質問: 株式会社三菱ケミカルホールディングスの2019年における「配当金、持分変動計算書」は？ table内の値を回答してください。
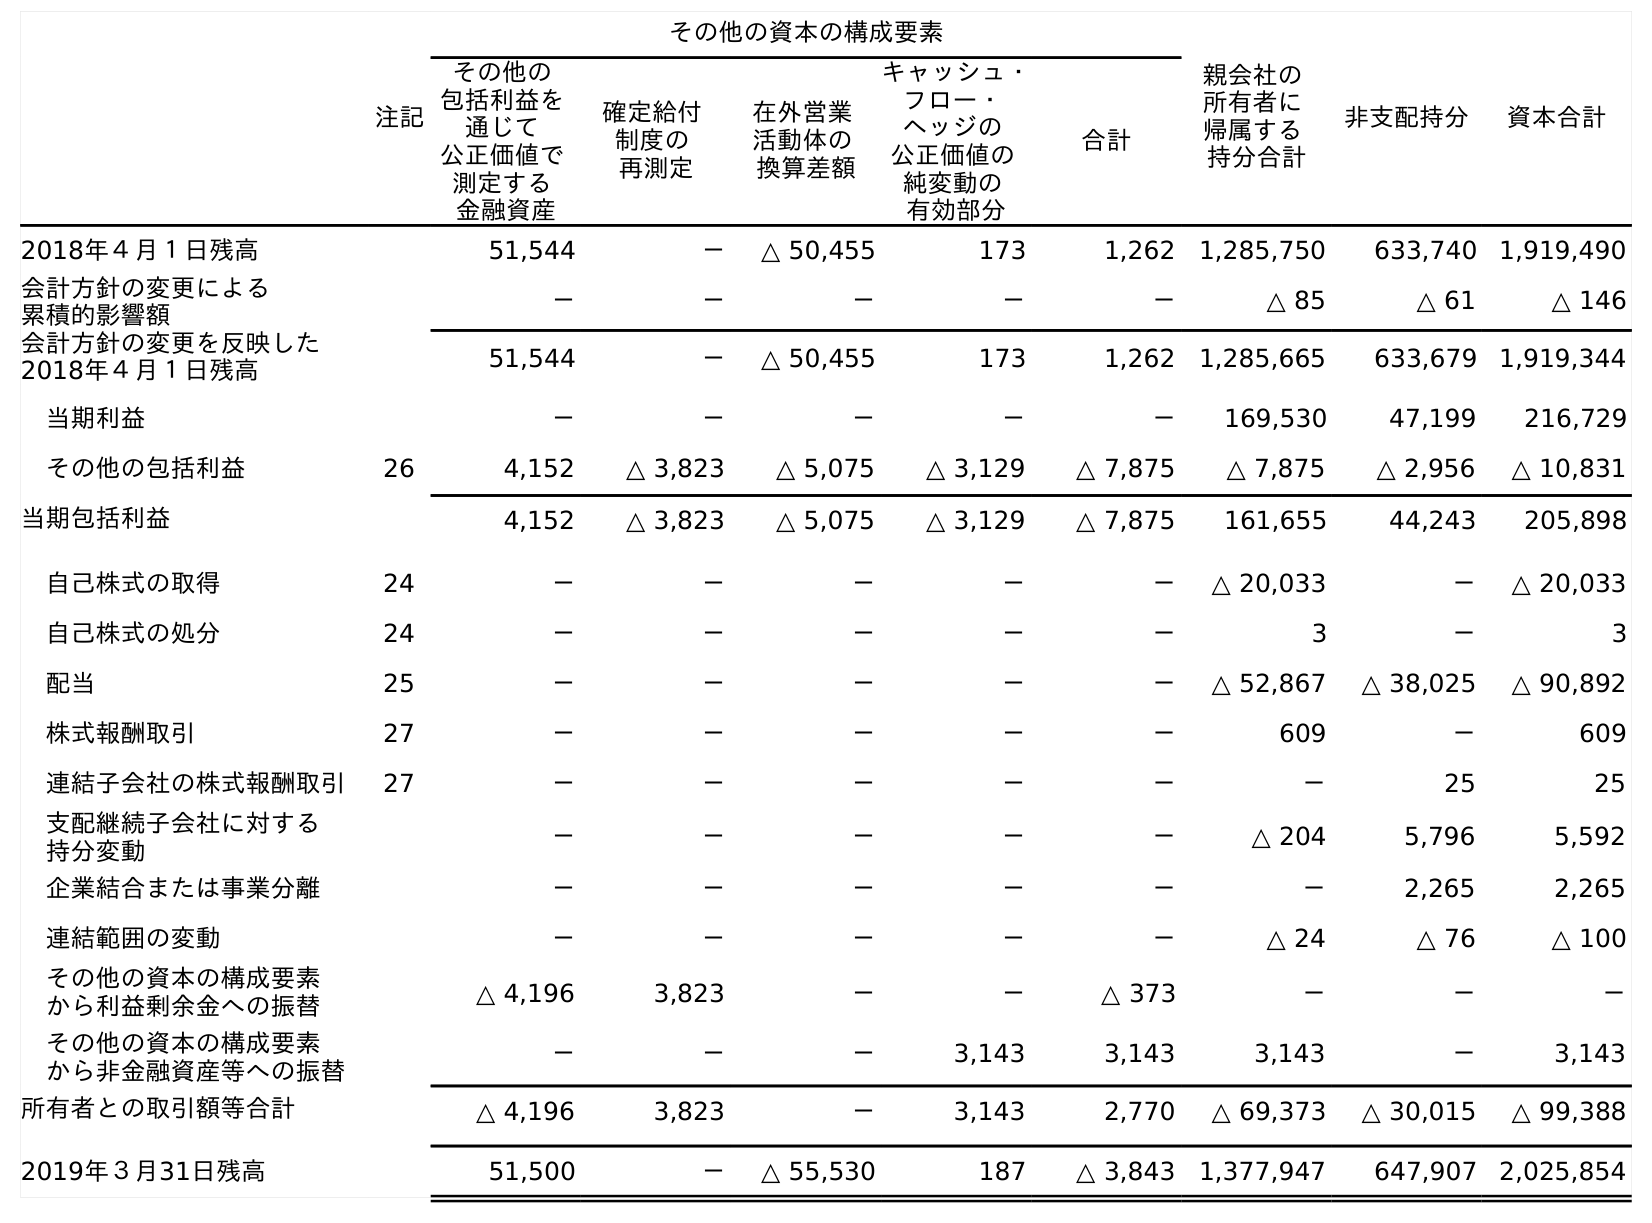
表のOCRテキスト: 注記 その他の資本の構成要素 親会社の 所有者に 帰属する 持分合計 非支配持分 資本合計 その他の 包括利益を 通じて 公正価値で 測定する 金融資産 確定給付 制度の 再測定 在外営業 活動体の 換算差額 キャッシュ・ フロー・ ヘッジの 公正価値の 純変動の 有効部分 合計 2018年４月１日残高 51,544 － △ 50,455 173 1,262 1,285,750 633,740 1,919,490 会計方針の変更による 累積的影響額 － － － － － △ 85 △ 61 △ 146 会計方針の変更を反映した 2018年４月１日残高 51,544 － △ 50,455 173 1,262 1,285,665 633,679 1,919,344 当期利益 － － － － － 169,530 47,199 216,729 その他の包括利益 26 4,152 △ 3,823 △ 5,075 △ 3,129 △ 7,875 △ 7,875 △ 2,956 △ 10,831 当期包括利益 4,152 △ 3,823 △ 5,075 △ 3,129 △ 7,875 161,655 44,243 205,898 自己株式の取得 24 － － － － － △ 20,033 － △ 20,033 自己株式の処分 24 － － － － － 3 － 3 配当 25 － － － － － △ 52,867 △ 38,025 △ 90,892 株式報酬取引 27 － － － － － 609 － 609 連結子会社の株式報酬取引 27 － － － － － － 25 25 支配継続子会社に対する 持分変動 － － － － － △ 204 5,796 5,592 企業結合または事業分離 － － － － － － 2,265 2,265 連結範囲の変動 － － － － － △ 24 △ 76 △ 100 その他の資本の構成要素 から利益剰余金への振替 △ 4,196 3,823 － － △ 373 － － － その他の資本の構成要素 から非金融資産等への振替 － － － 3,143 3,143 3,143 － 3,143 所有者との取引額等合計 △ 4,196 3,823 － 3,143 2,770 △ 69,373 △ 30,015 △ 99,388 2019年３月31日残高 51,500 － △ 55,530 187 △ 3,843 1,377,947 647,907 2,025,854
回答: △90,892